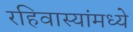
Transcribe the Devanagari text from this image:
रहिवास्यांमध्ये